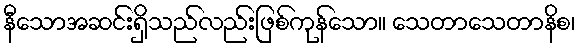
နီသောအဆင်းရှိသည်လည်းဖြစ်ကုန်သော။ သေတာသေတာနိစ၊